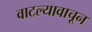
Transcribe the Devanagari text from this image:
वाटल्यावाचून